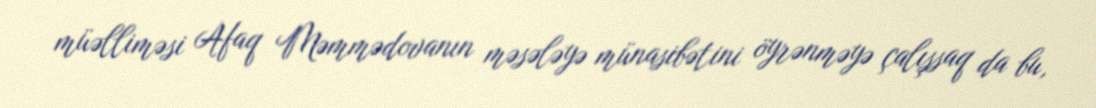
müəlliməsi Afaq Məmmədovanın məsələyə münasibətini öyrənməyə çalışsaq da bu,